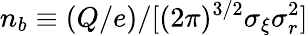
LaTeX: n_{b}\equiv(Q/e)/[(2\pi)^{3/2}\sigma_{\xi}\sigma_{r}^{2}]